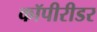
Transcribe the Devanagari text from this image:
कॉपीरीडर